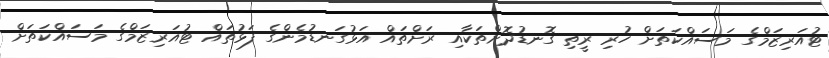
ޓުއަރިޒަމްގެ މަސައްކަތަށް ހުރި ރީތި ގޮނޑުދޮށްތަކާއި ރަށްތައް އަޅުގަނޑުމެންގެ ފަޅުތައް ޓުއަރިޒަމްގެ މަސައްކަތަށް